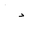
Letter: _dal